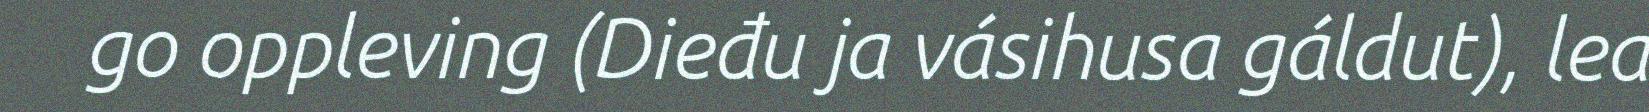
go oppleving (Dieđu ja vásihusa gáldut), lea